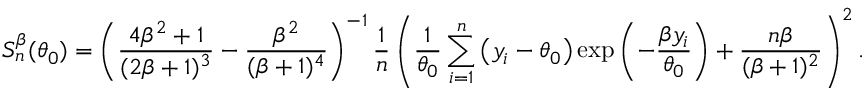
S _ { n } ^ { \beta } ( \theta _ { 0 } ) = \left( \frac { 4 \beta ^ { 2 } + 1 } { ( 2 \beta + 1 ) ^ { 3 } } - \frac { \beta ^ { 2 } } { ( \beta + 1 ) ^ { 4 } } \right) ^ { - 1 } \frac { 1 } { n } \left( \frac { 1 } { \theta _ { 0 } } \sum _ { i = 1 } ^ { n } \left( y _ { i } - \theta _ { 0 } \right) \exp \left( - \frac { \beta y _ { i } } { \theta _ { 0 } } \right) + \frac { n \beta } { ( \beta + 1 ) ^ { 2 } } \right) ^ { 2 } .